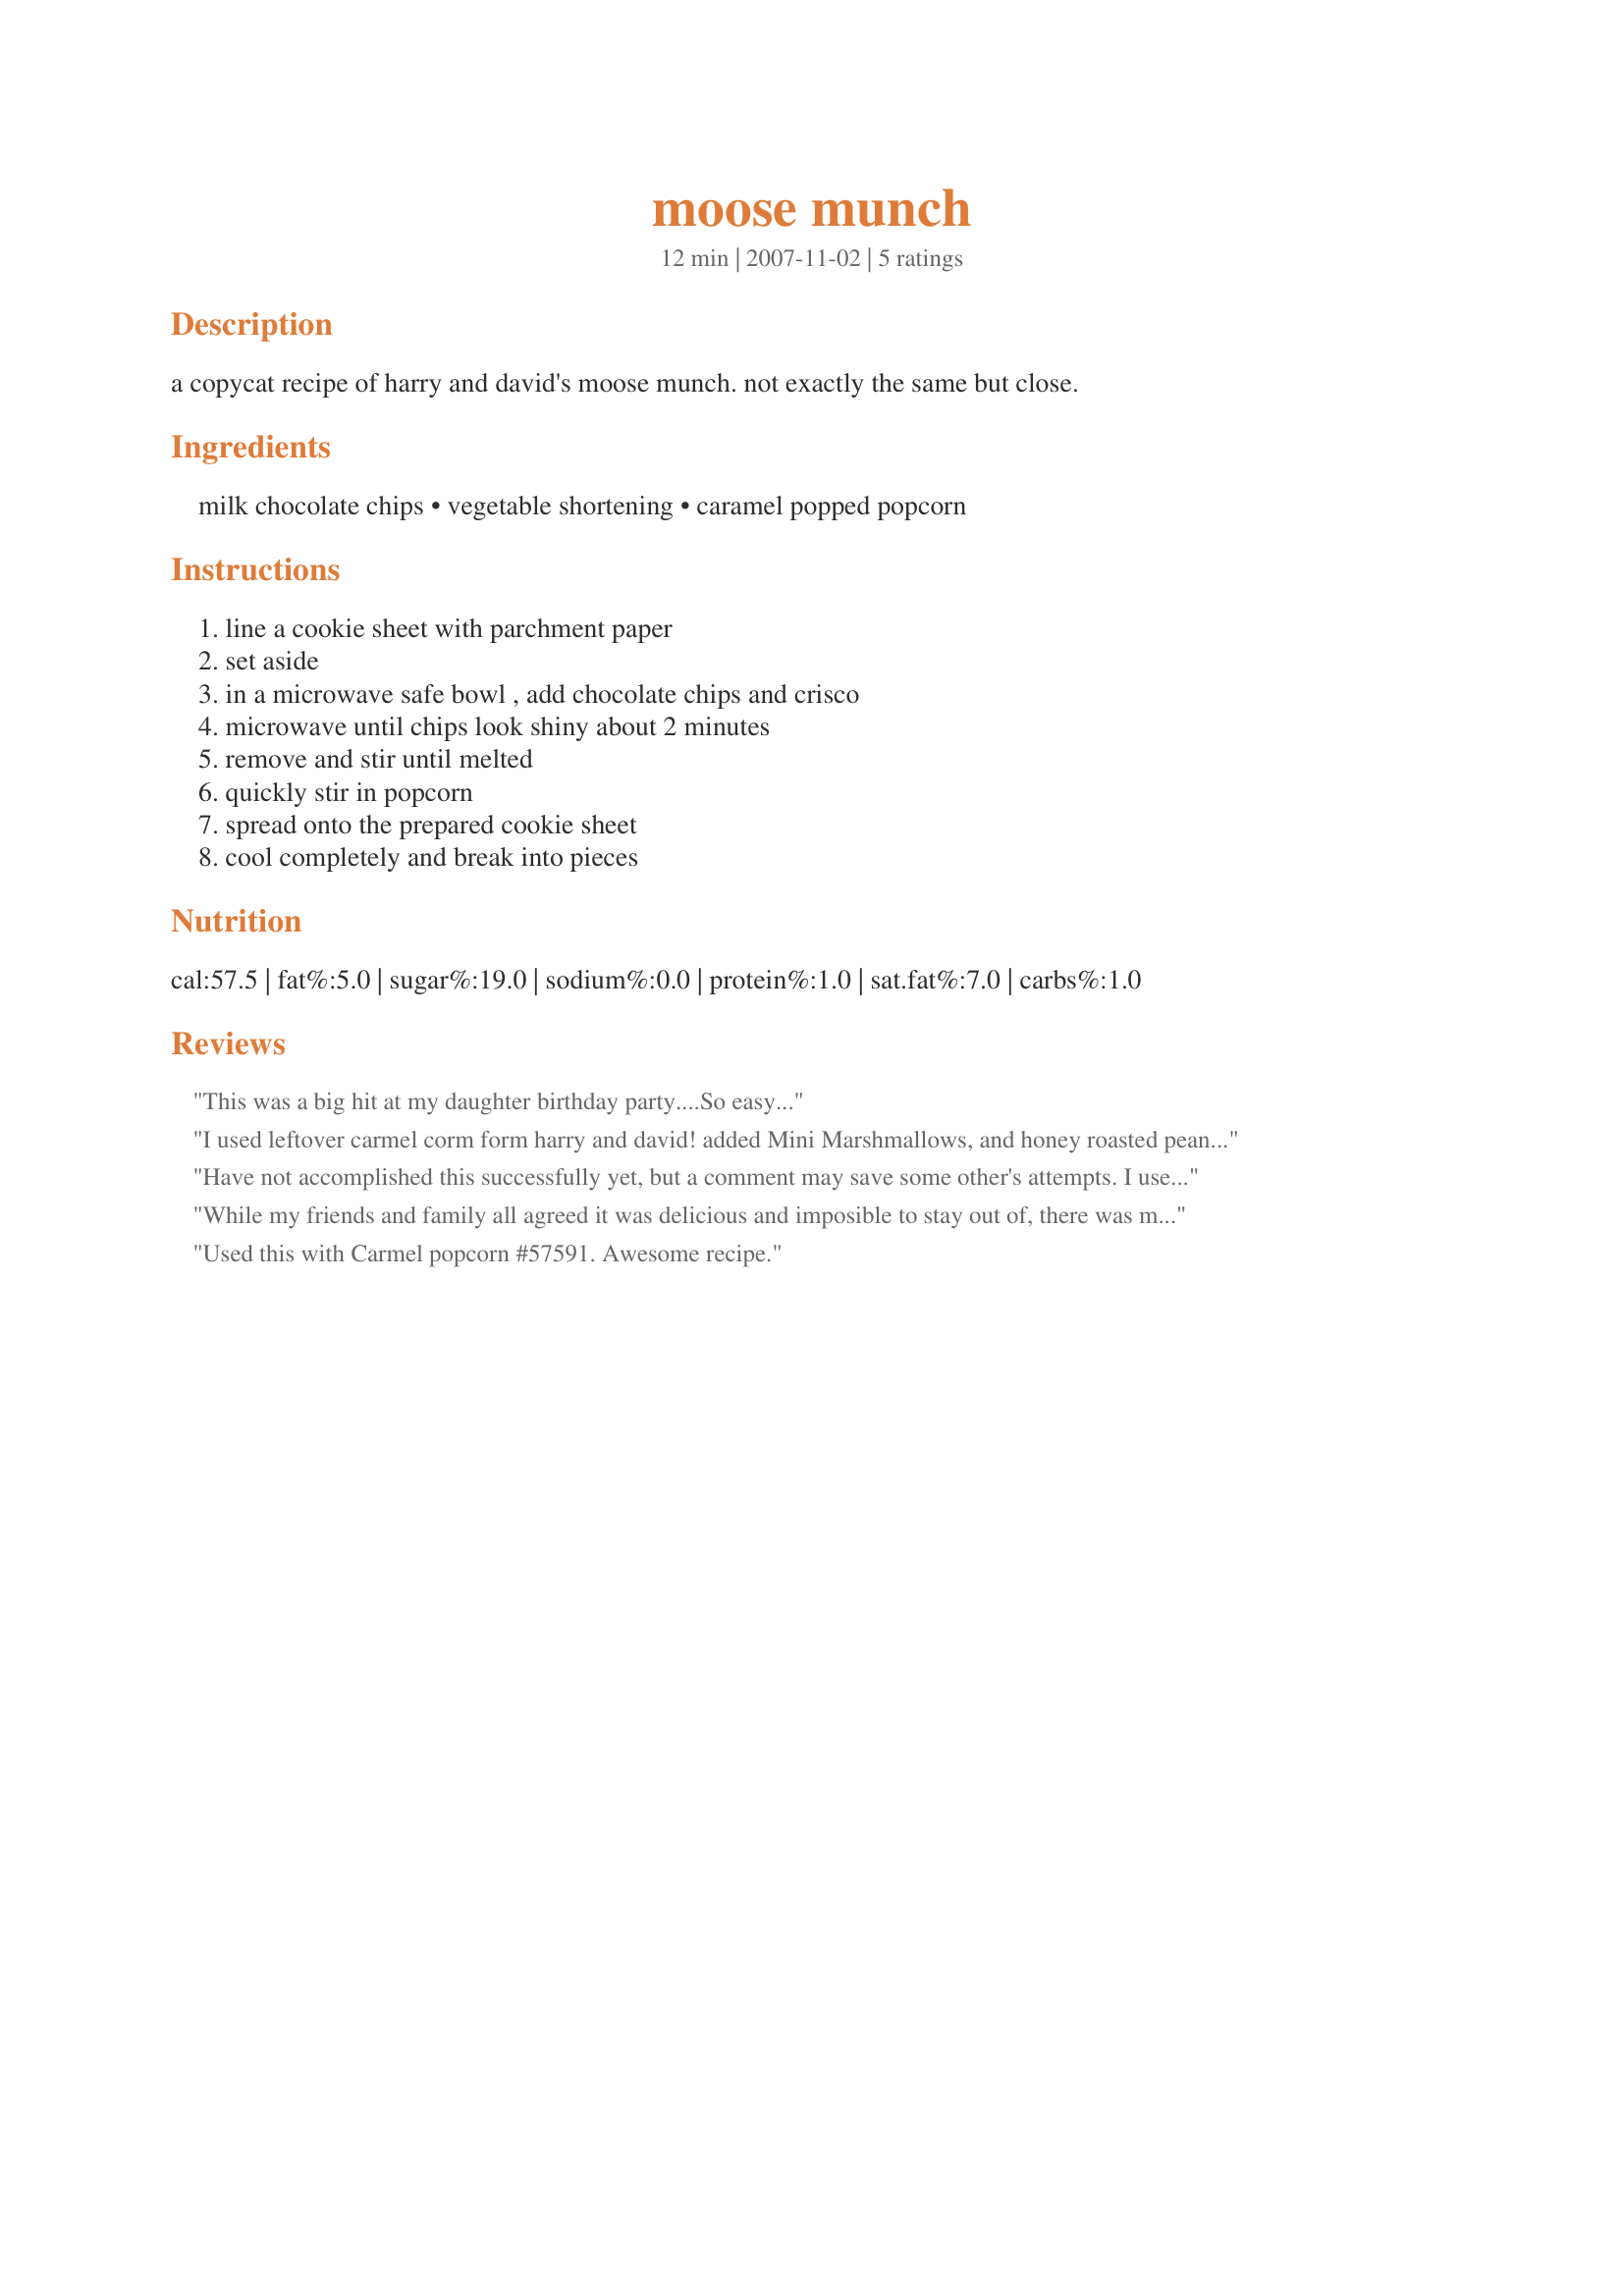
moose munch
Preparation time: 12 minutes

a copycat recipe of harry and david's moose munch. not exactly the same but close.

Ingredients:
milk chocolate chips, vegetable shortening, caramel popped popcorn

Steps:
line a cookie sheet with parchment paper, set aside, in a microwave safe bowl , add chocolate chips and crisco, microwave until chips look shiny about 2 minutes, remove and stir until melted, quickly stir in popcorn, spread onto the prepared cookie sheet, cool completely and break into pieces

Reviews:
This was a big hit at my daughter birthday party....So easy...
I used leftover carmel corm form harry and david! added Mini Marshmallows, and honey roasted peanuts! I used about 2 cup caramel corn, 1 cup marshmallows and 1 cup peanuts
8 oz of melted dark chocolate apeels! I make candy so this I always have on hand. Great way to use up stuff in my cubbard and left over chocolate in my chocolate melting pot
Have not accomplished this successfully yet, but a comment may save some other's attempts. I used already popped corn, in a bag from Bed, Bath, and Beyond -- where 3 people stopped to tell me what wonderful popcorn it was ! (What I ate plain IS tasty !!) I used bittersweet chocolate bits, which sort of just clumped up after nuking. I asked the chef, who said be very attentive to the melting -- chips should retain their shape but be easily stirred to melted. I think bittersweet may act differently than milk chocolate. Second important thing to watch -- recipe says "CARAMEL" popped corn -- the BB&B was not. I believe the hard shell keeps the corn from becoming soggy. By the time my chocolate had hardened, the corn was no longer crisp. I am not giving up !! The Moose Munch website says Target carries it -- but not in MY hometown !! Next time I will use the specified ingredients BEFORE making any changes ! Thanks for your help, Luvs2Cook.
While my friends and family all agreed it was delicious and imposible to stay out of, there was much discusion about how to make it more 'Harry and David' like. We thought perhaps adding some dark chocolate chips in the mix. I'll try that next time. But they only got half of the recipe (it makes a lot more than it seems) the rest went with me to jury duty where all of the jurers loved it and considered it our celebration food after dliberations. It is very hard not to just sit and eat and eat and eat. Sigh (of contentment)......
Used this with Carmel popcorn #57591. Awesome recipe.
